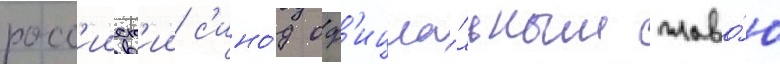
росс'ииск'ии с'ино́д оф'ициа́льным главо́ю